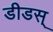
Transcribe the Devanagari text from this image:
डीडस्